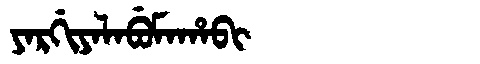
Manchu: ᠶᠠᡵᡤᡳᠶᠠᠯᠠᠪᡠᠮᠠᡥᠠᠪᡳ
Romanization: YARGIYALABUMAHABI